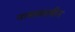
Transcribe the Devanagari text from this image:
नाथकालीन